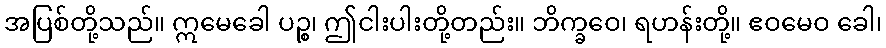
အပြစ်တို့သည်။ ဣမေခေါ ပဉ္စ၊ ဤငါးပါးတို့တည်း။ ဘိက္ခဝေ၊ ရဟန်းတို့။ ဧဝမေဝ ခေါ၊